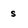
Character: s